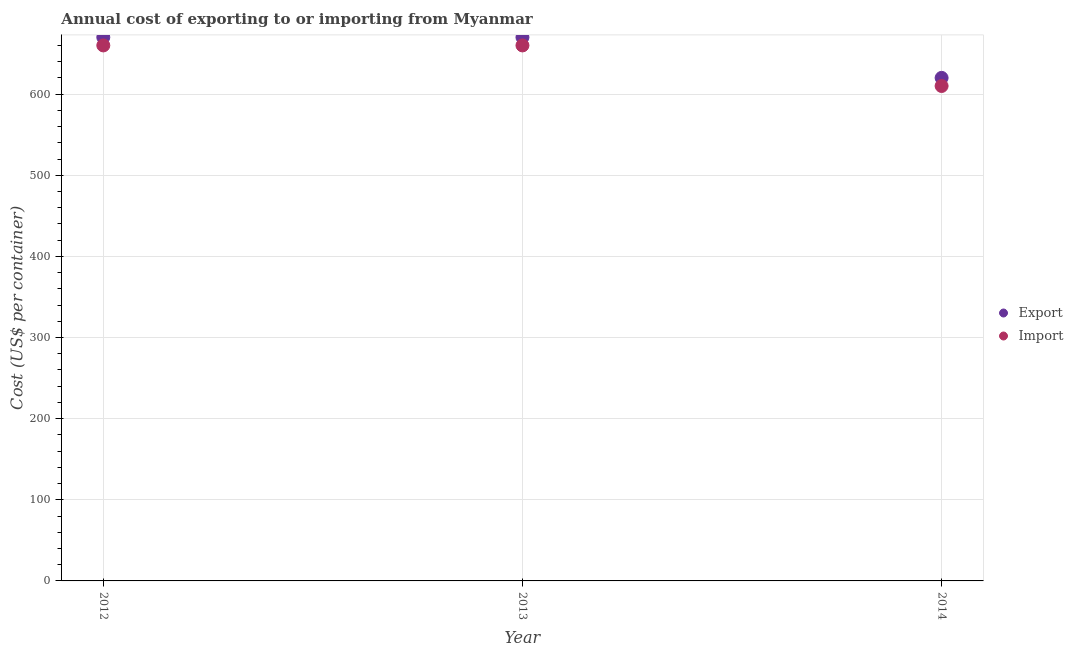
| Year | Export | Import |
 | --- | --- | --- |
 | 2012 | 670 | 660 |
 | 2013 | 670 | 660 |
 | 2014 | 620 | 610 |